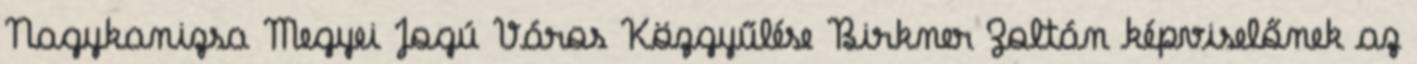
Nagykanizsa Megyei Jogú Város Közgyűlése Birkner Zoltán képviselőnek az